Vaccination in Bombay 1869-1873 - 1869-1873
Year: 1869
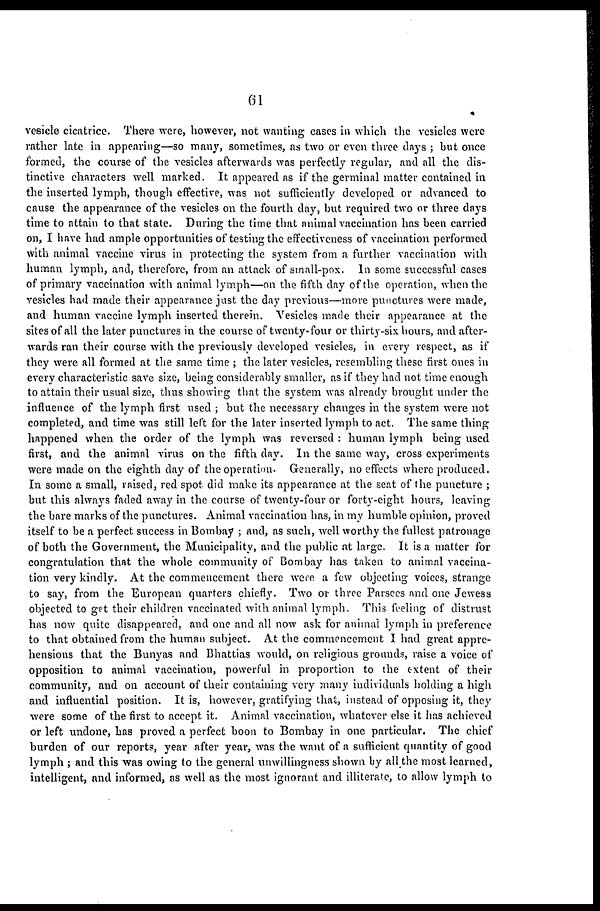
61
vesicle cicatrice. There were, however, not wanting cases in which the vesicles were
rather late in appearing—so many, sometimes, as two or even three days ; but once
formed, the course of the vesicles afterwards was perfectly regular, and all the dis-
tinctive characters well marked. It appeared as if the germinal matter contained in
the inserted lymph, though effective, was not sufficiently developed or advanced to
cause the appearance of the vesicles on the fourth day, but required two or three days
time to attain to that state. During the time that animal vaccination has been carried
on, I have had ample opportunities of testing the effectiveness of vaccination performed
with animal vaccine virus in protecting the system from a further vaccination with
human lymph, and, therefore, from an attack of small-pox. In some successful cases
of primary vaccination with animal lymph—on the fifth day of the operation, when the
vesicles had made their appearance just the day previous—more punctures were made,
and human vaccine lymph inserted therein. Vesicles made their appearance at the
sites of all the later punctures in the course of twenty-four or thirty-six hours, and after-
wards ran their course with the previously developed vesicles, in every respect, as if
they were all formed at the same time ; the later vesicles, resembling these first ones in
every characteristic save size, being considerably smaller, as if they had not time enough
to attain their usual size, thus showing that the system was already brought under the
influence of the lymph first used ; but the necessary changes in the system were not
completed, and time was still left for the later inserted lymph to act. The same thing
happened when the order of the lymph was reversed : human lymph being used
first, and the animal virus on the fifth day. In the same way, cross experiments
were made on the eighth day of the operation. Generally, no effects where produced.
In some a small, raised, red spot did make its appearance at the seat of the puncture ;
but this always faded away in the course of twenty-four or forty-eight hours, leaving
the bare marks of the punctures. Animal vaccination has, in my humble opinion, proved
itself to be a perfect success in Bombay ; and, as such, well worthy the fullest patronage
of both the Government, the Municipality, and the public at large. It is a matter for
congratulation that the whole community of Bombay has taken to animal vaccina-
tion very kindly. At the commencement there were a few objecting voices, strange
to say, from the European quarters chiefly. Two or three Parsees and one Jewess
objected to get their children vaccinated with animal lymph. This feeling of distrust
has now quite disappeared, and one and all now ask for animal lymph in preference
to that obtained from the human subject. At the commencement I had great appre-
hensions that the Bunyas and Bhattias would, on religious grounds, raise a voice of
opposition to animal vaccination, powerful in proportion to the extent of their
community, and on account of their containing very many individuals holding a high
and influential position. It is, however, gratifying that, instead of opposing it, they
were some of the first to accept it. Animal vaccination, whatever else it has achieved
or left undone, has proved a perfect boon to Bombay in one particular. The chief
burden of our reports, year after year, was the want of a sufficient quantity of good
lymph ; and this was owing to the general unwillingness shown by all the most learned,
intelligent, and informed, as well as the most ignorant and illiterate, to allow lymph to